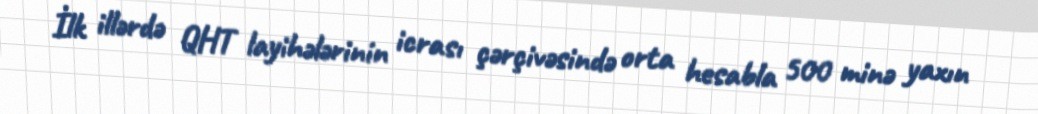
İlk illərdə QHT layihələrinin icrası çərçivəsində orta hesabla 500 minə yaxın